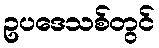
ဥပဒေသစ်တွင်